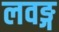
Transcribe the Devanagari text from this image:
लवङ्ग